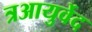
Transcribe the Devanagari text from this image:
त्रआयुर्वेद